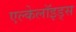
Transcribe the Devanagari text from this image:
एल्केलॉइड्स